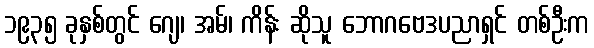
၁၉၃၅ ခုနှစ်တွင် ဂျေ၊ အမ်၊ ကိန်း ဆိုသူ ဘောဂဗေဒပညာရှင် တစ်ဦးက